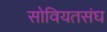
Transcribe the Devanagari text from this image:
सोवियतसंघ